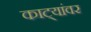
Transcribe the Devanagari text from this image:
काट्यांवर